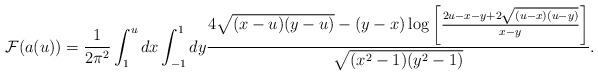
\begin{align*}{\cal F}(a(u))={1\over 2\pi^2}\int^u_1dx\int_{-1}^1dy{4\sqrt{(x-u)(y-u)}-(y-x)\log\left[{2u-x-y+2\sqrt{(u-x)(u-y)}\over x-y}\right]\over \sqrt{(x^2-1)(y^2-1)}}.\end{align*}